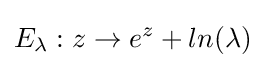
E_{\lambda }:z\to e^{z}+ln(\lambda )